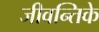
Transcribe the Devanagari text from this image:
जीवन्तिके